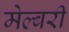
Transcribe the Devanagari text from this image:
मेल्बरी